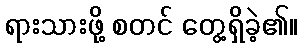
ရားသားဖို့ စတင် တွေ့ရှိခဲ့၏။